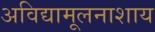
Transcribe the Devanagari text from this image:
अविद्यामूलनाशाय